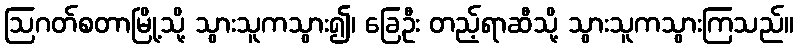
ဩဂတ်စတာမြို့သို့ သွားသူကသွား၍၊ ခြေဦး တည့်ရာဆီသို့ သွားသူကသွားကြသည်။